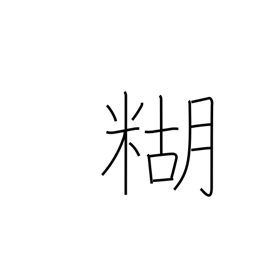
Meaning: paste